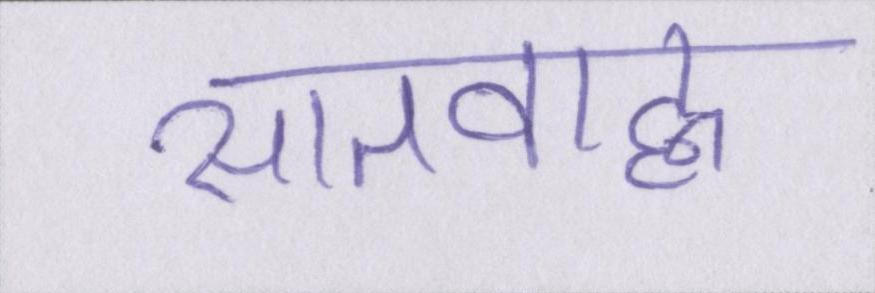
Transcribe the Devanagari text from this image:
सातवाह्न